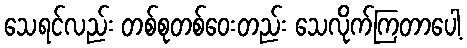
သေရင်လည်း တစ်စုတစ်ဝေးတည်း သေလိုက်ကြတာပေါ့